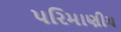
પરિમાણીય